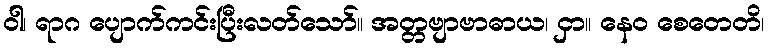
ဝါ၊ ရာဂ ပျောက်ကင်းပြီးလတ်သော်။ အတ္တဗျာဗာဓာယ၊ ငှာ။ နေဝ စေတေတိ၊